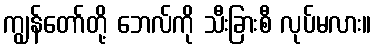
ကျွန်တော်တို့ ဘေလ်ကို သီးခြားစီ လုပ်မလား။